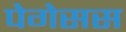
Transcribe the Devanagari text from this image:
पेगेसस